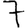
Digit: 7